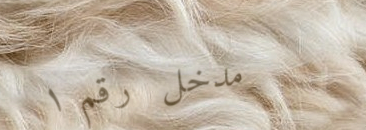
مدخل رقم ١